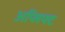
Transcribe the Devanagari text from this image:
अप्लिफ्ट